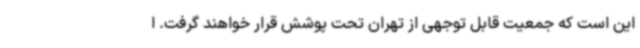
این است که جمعیت قابل توجهی از تهران تحت پوشش قرار خواهند گرفت. ا